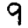
Digit: 9